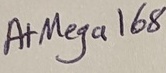
Text: AtMega168